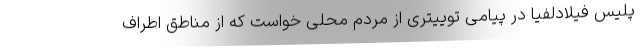
پلیس فیلادلفیا در پیامی توییتری از مردم محلی خواست که از مناطق اطراف